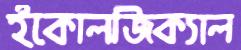
ইকোলজিক্যাল